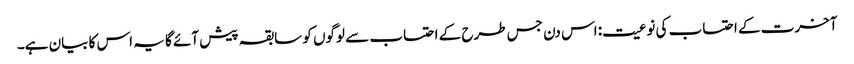
آخرت کے احتساب کی نوعیت: اس دن جس طرح کے احتساب سے لوگوں کو سابقہ پیش آئے گا یہ اس کا بیان ہے۔